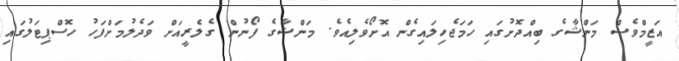
އަޒީމްވެސް މަންޝާގެ ބިއްދޮށުގައި ހަމަޖެހިލައިގެން އޮށޯވެލިއެވެ. މަންޝާގެ ފޯނުން ގެލެރީއަށް ވަދެލުމަށްފަހު ހޮސްޕިޓަލުގައި